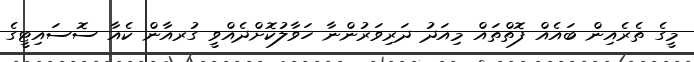
މީގެ ތެރެއިން ބައެއް ފޮތްތައް މިއަދު ދަރިވަރުންނާ ހަވާލުކޮށްދެއްވީ ގުރއާން ކެއާ ސޮސައިޓީގެ